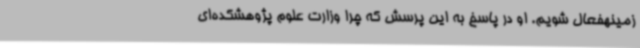
زمینهفعال شویم. او در پاسخ به این پرسش که چرا وزارت علوم پژوهشکده‌ای